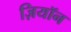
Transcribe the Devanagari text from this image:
ज़ियॉन